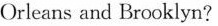
Orleans and Brooklyn?